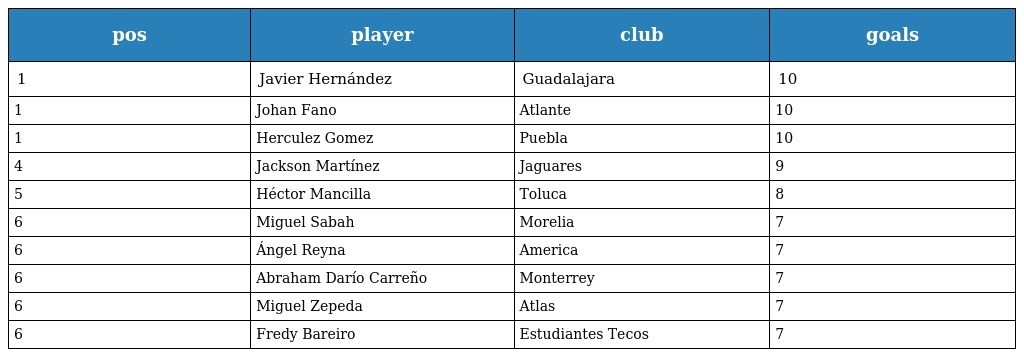
| pos | player | club | goals |
 | --- | --- | --- | --- |
 | 1 | Javier Hernández | Guadalajara | 10 |
 | 1 | Johan Fano | Atlante | 10 |
 | 1 | Herculez Gomez | Puebla | 10 |
 | 4 | Jackson Martínez | Jaguares | 9 |
 | 5 | Héctor Mancilla | Toluca | 8 |
 | 6 | Miguel Sabah | Morelia | 7 |
 | 6 | Ángel Reyna | America | 7 |
 | 6 | Abraham Darío Carreño | Monterrey | 7 |
 | 6 | Miguel Zepeda | Atlas | 7 |
 | 6 | Fredy Bareiro | Estudiantes Tecos | 7 |